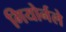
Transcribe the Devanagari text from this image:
गियोर्नले